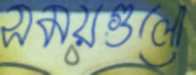
সময়গুলো